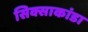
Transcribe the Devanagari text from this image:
सिक्साकांडा